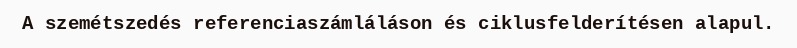
A szemétszedés referenciaszámláláson és ciklusfelderítésen alapul.